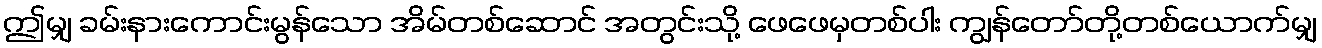
ဤမျှ ခမ်းနားကောင်းမွန်သော အိမ်တစ်ဆောင် အတွင်းသို့ ဖေဖေမှတစ်ပါး ကျွန်တော်တို့တစ်ယောက်မျှ